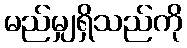
မည်မျှရှိသည်ကို